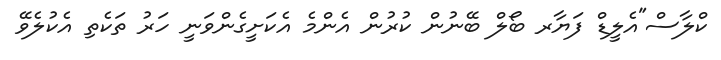
ކްލާސް"އެލީޑް ފަޔާރ ބޯލް ބޭނުން ކުރުން އެންމެ އެކަށީގެންވަނީ ހަރު ތަކެތި އެކުލެވޭ